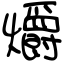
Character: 爝